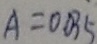
A = 0 . 0 3 5